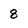
Character: 8